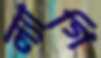
ল্যাগি